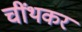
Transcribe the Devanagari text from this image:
चींथकर